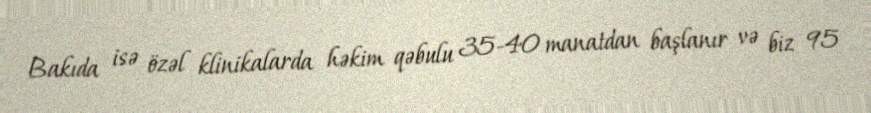
Bakıda isə özəl klinikalarda həkim qəbulu 35-40 manatdan başlanır və biz 95